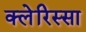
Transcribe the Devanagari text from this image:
क्लेरिस्सा